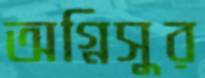
অগ্নিসুর